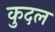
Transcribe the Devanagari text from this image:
कुदल